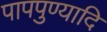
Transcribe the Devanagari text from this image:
पापपुण्यादि